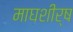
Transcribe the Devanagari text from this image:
माघशीर्ष